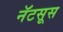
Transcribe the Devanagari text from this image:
नॅटसूस